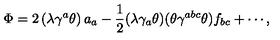
\Phi = 2 \left( \lambda \gamma ^ { a } \theta \right) a _ { a } - \frac { 1 } { 2 } ( \lambda \gamma _ { a } \theta ) ( \theta \gamma ^ { a b c } \theta ) f _ { b c } + \cdots ,